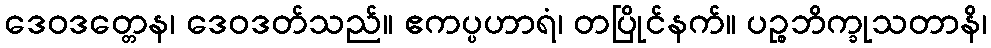
ဒေဝဒတ္တေန၊ ဒေဝဒတ်သည်။ ဧကပ္ပဟာရံ၊ တပြိုင်နက်။ ပဉ္စဘိက္ခုသတာနိ၊